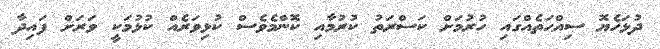
ދުޅަހެޔޮ ސިއްޙަތެއްގައި ހުރުމަށް ކަސްރަތު ކުރުމާއި ކޮންމެވެސް ކުޅިވަރެއް ކުޅުމަކީ ވަރަށް ފައިދާ